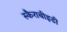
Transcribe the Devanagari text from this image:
स्कैराबीइडी